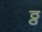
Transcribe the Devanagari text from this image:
ठ्ठ